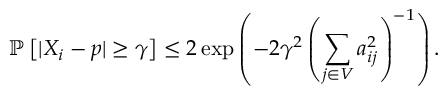
\mathbb { P } \left[ | X _ { i } - p | \ge \gamma \right] \leq 2 \exp \left( - 2 \gamma ^ { 2 } \left( \sum _ { j \in V } a _ { i j } ^ { 2 } \right) ^ { - 1 } \right) .